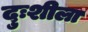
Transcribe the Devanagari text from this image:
दुःशीला